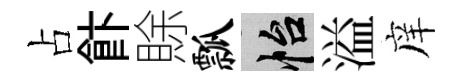
占飰賖瓢怡溢庠